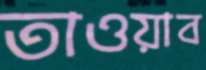
তাওয়াব